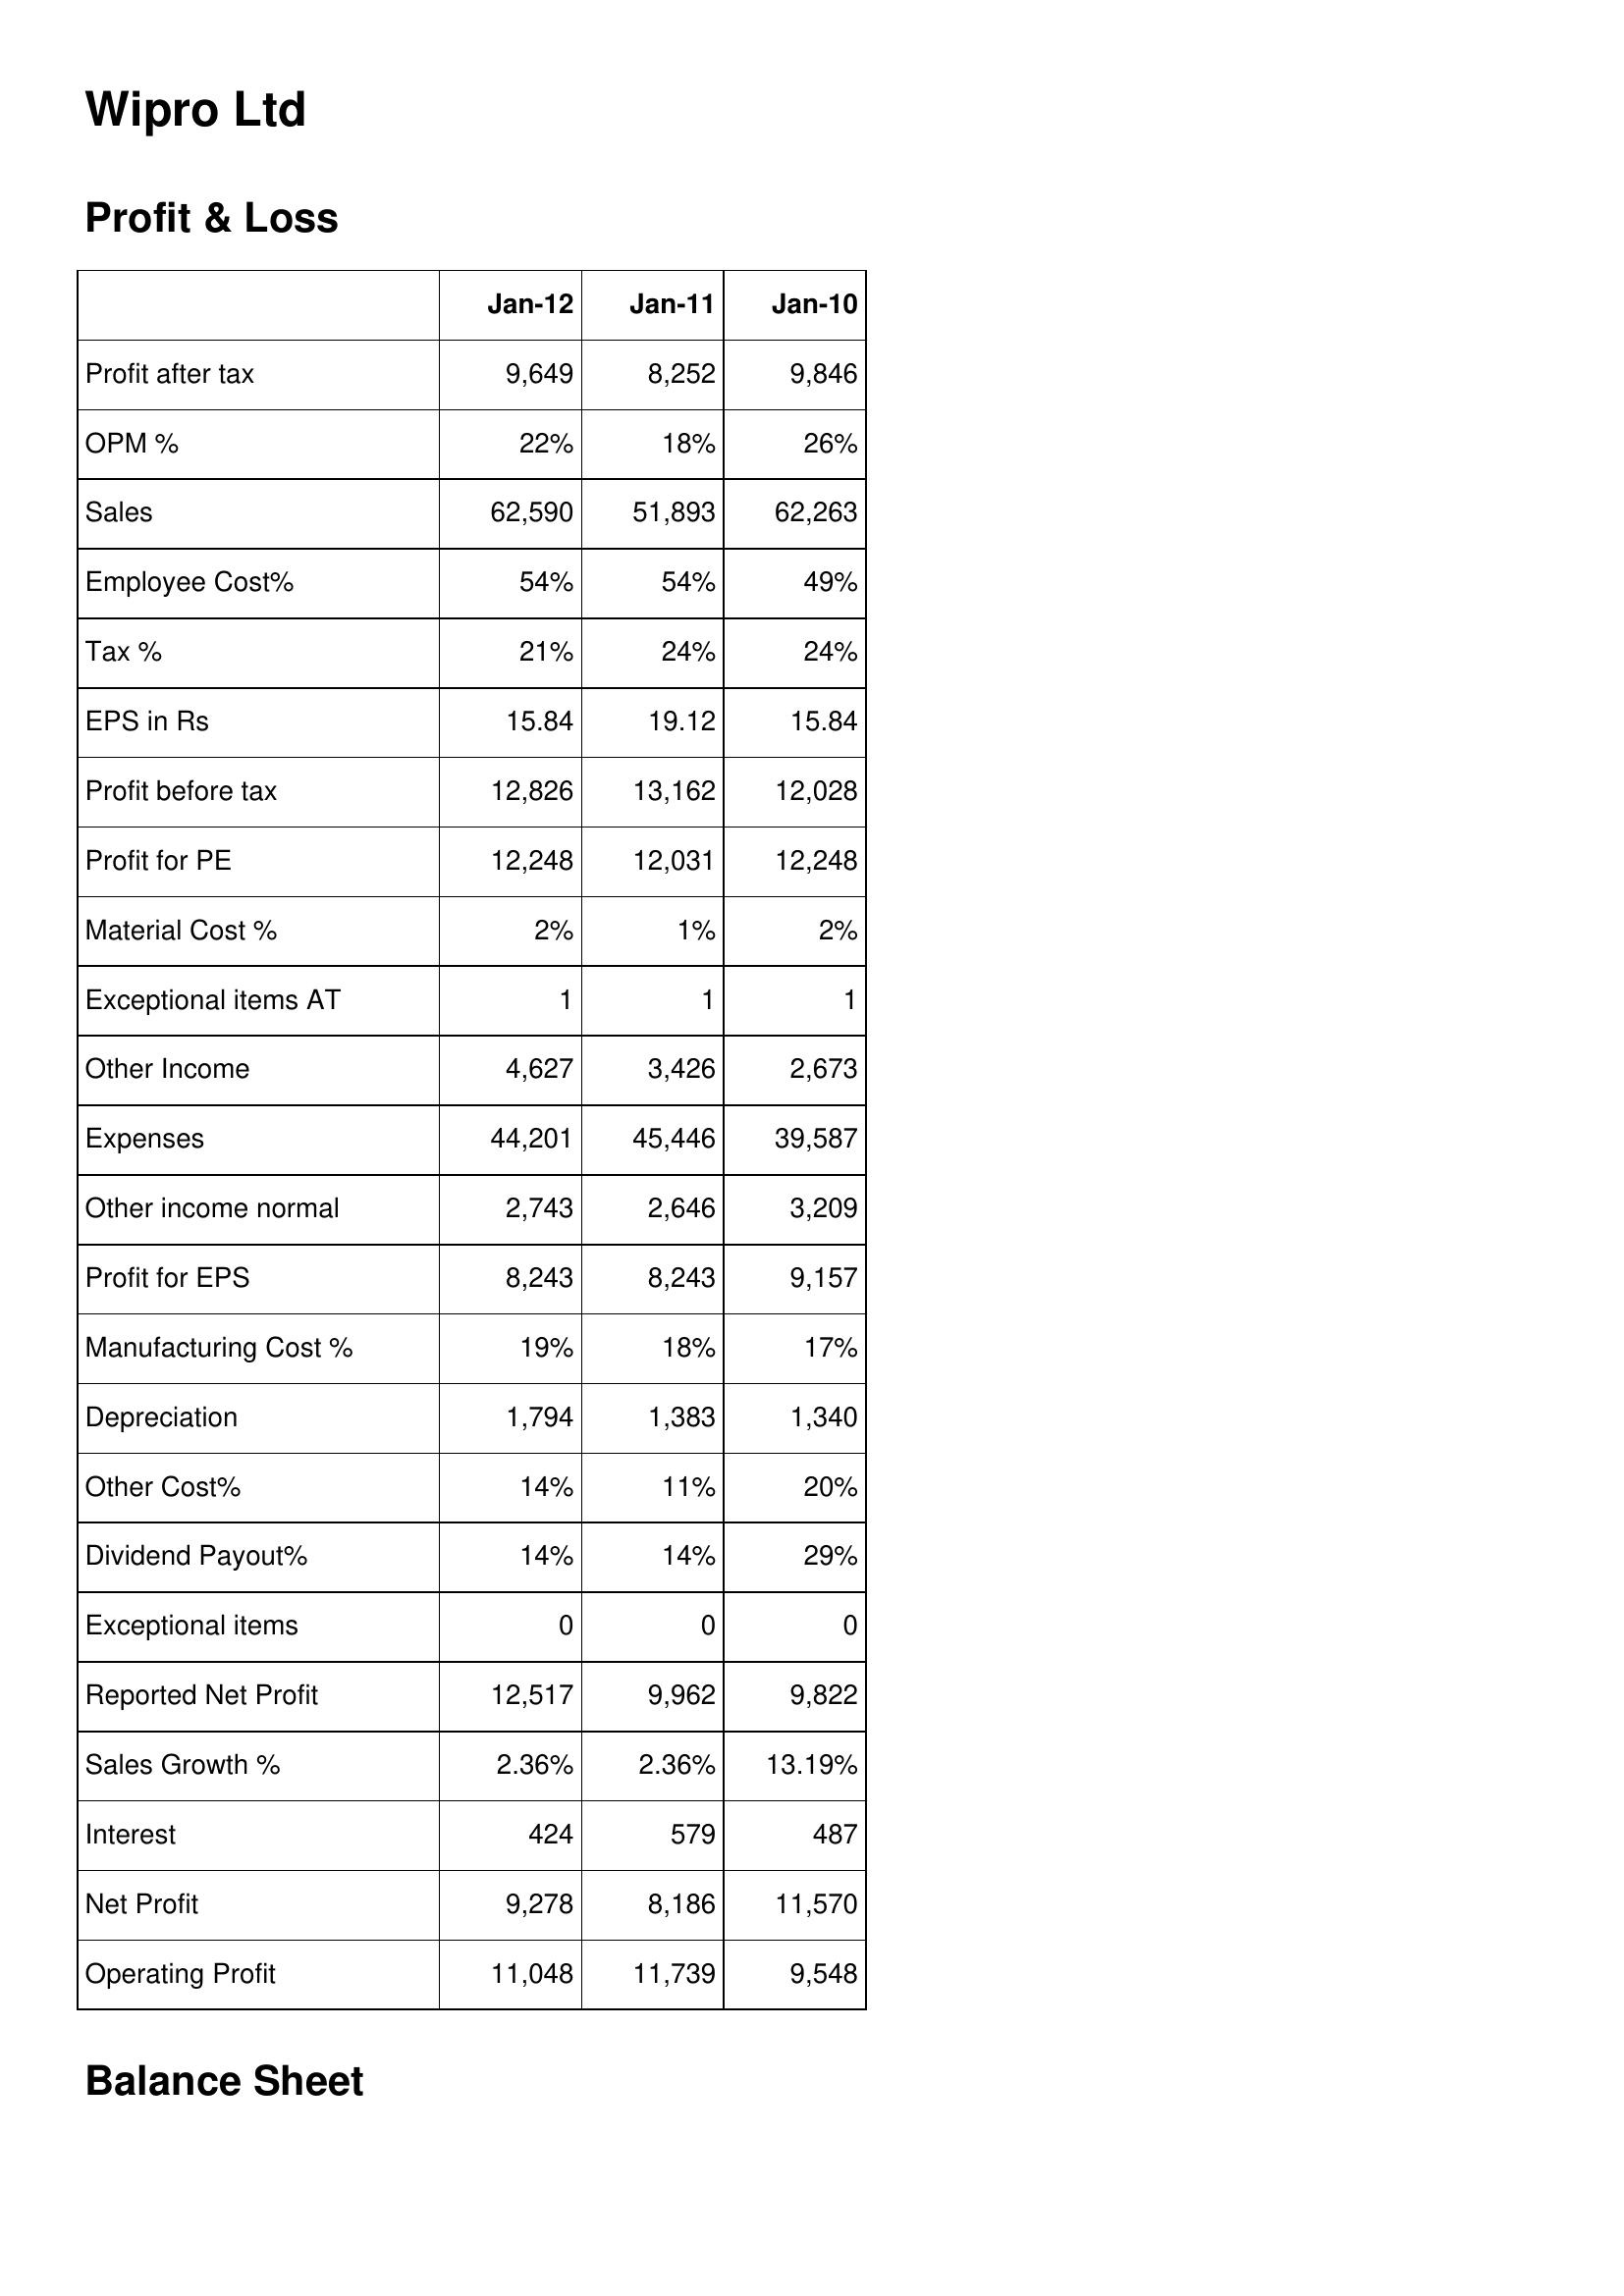
Jan-12: Profit & Loss: Profit after tax: 9,649
OPM %: 22%
Sales: 62,590
Employee Cost%: 54%
Tax %: 21%
EPS in Rs: 15.84
Profit before tax: 12,826
Profit for PE: 12,248
Material Cost %: 2%
Exceptional items AT: 1
Other Income: 4,627
Expenses: 44,201
Other income normal: 2,743
Profit for EPS: 8,243
Manufacturing Cost %: 19%
Depreciation: 1,794
Other Cost%: 14%
Dividend Payout%: 14%
Exceptional items: 0
Reported Net Profit: 12,517
Sales Growth %: 2.36%
Interest: 424
Net Profit: 9,278
Operating Profit: 11,048
Jan-11: Profit & Loss: Profit after tax: 8,252
OPM %: 18%
Sales: 51,893
Employee Cost%: 54%
Tax %: 24%
EPS in Rs: 19.12
Profit before tax: 13,162
Profit for PE: 12,031
Material Cost %: 1%
Exceptional items AT: 1
Other Income: 3,426
Expenses: 45,446
Other income normal: 2,646
Profit for EPS: 8,243
Manufacturing Cost %: 18%
Depreciation: 1,383
Other Cost%: 11%
Dividend Payout%: 14%
Exceptional items: 0
Reported Net Profit: 9,962
Sales Growth %: 2.36%
Interest: 579
Net Profit: 8,186
Operating Profit: 11,739
Jan-10: Profit & Loss: Profit after tax: 9,846
OPM %: 26%
Sales: 62,263
Employee Cost%: 49%
Tax %: 24%
EPS in Rs: 15.84
Profit before tax: 12,028
Profit for PE: 12,248
Material Cost %: 2%
Exceptional items AT: 1
Other Income: 2,673
Expenses: 39,587
Other income normal: 3,209
Profit for EPS: 9,157
Manufacturing Cost %: 17%
Depreciation: 1,340
Other Cost%: 20%
Dividend Payout%: 29%
Exceptional items: 0
Reported Net Profit: 9,822
Sales Growth %: 13.19%
Interest: 487
Net Profit: 11,570
Operating Profit: 9,548